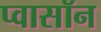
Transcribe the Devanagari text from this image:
प्वासॉन